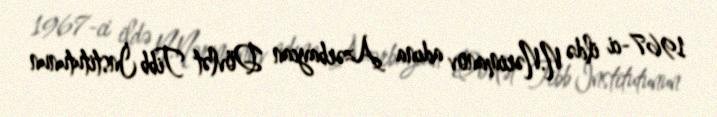
1967-ci ildə N.Nərimanov adına Azərbaycan Dövlət Tibb İnstitutunun